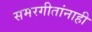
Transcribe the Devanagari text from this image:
समरगीतांनाही